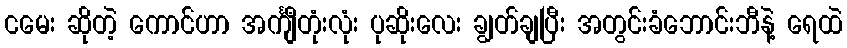
ငမေး ဆိုတဲ့ ကောင်ဟာ အင်္ကျီတုံးလုံး ပုဆိုးလေး ချွတ်ချပြီး အတွင်းခံဘောင်းဘီနဲ့ ရေထဲ